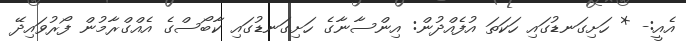
އެއީ:- * ހަށިގަނޑުގައި ހަކަތަ އުފެއްދުން: އިންސާނާގެ ހަށިގަނޑުގައި ކާބޯސްގެ އެއްގްރާމުން ފޯރުވައިދޭ